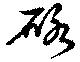
砅